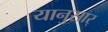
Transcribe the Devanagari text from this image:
यानुसार्